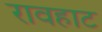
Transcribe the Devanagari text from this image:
रावहाट